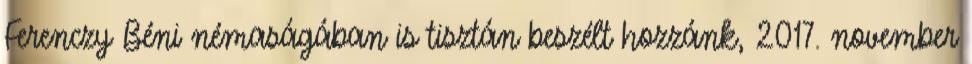
Ferenczy Béni némaságában is tisztán beszélt hozzánk, 2017. november